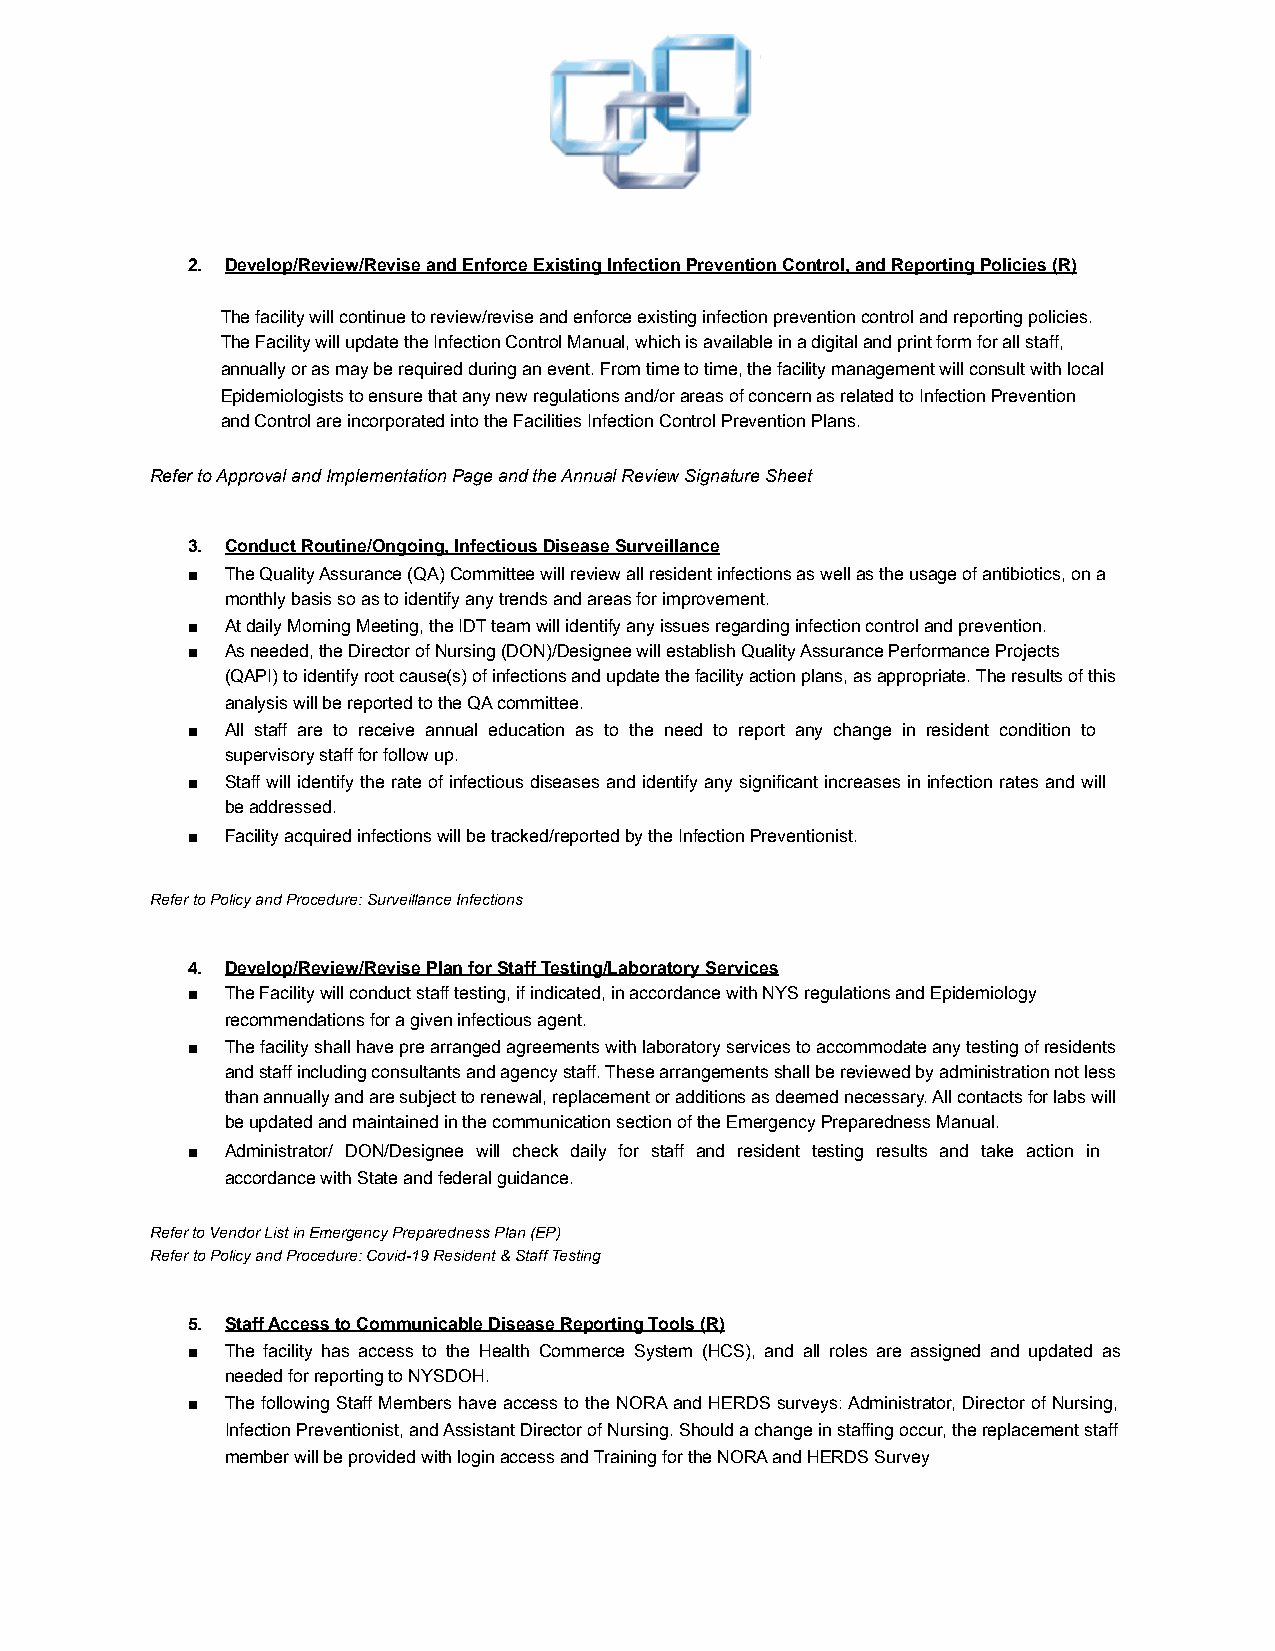
2. Develop/Review/Revise and Enforce Existing Infection Prevention Control, and Reporting Policies (R)
 The facility will continue to review/revise and enforce existing infection prevention control and reporting policies.
 The Facility will update the Infection Control Manual, which is available in a digital and print form for all staff,
 annually or as may be required during an event. From time to time, the facility management will consult with local
 Epidemiologists to ensure that any new regulations and/or areas of concern as related to Infection Prevention
 and Control are incorporated into the Facilities Infection Control Prevention Plans.
 Refer to Approval and Implementation Page and the Annual Review Signature Sheet
 3. Conduct Routine/Ongoing, Infectious Disease Surveillance
 ■  The Quality Assurance (QA) Committee will review all resident infections as well as the usage of antibiotics, on a
 monthly basis so as to identify any trends and areas for improvement.
 ■  At daily Morning Meeting, the IDT team will identify any issues regarding infection control and prevention.
 ■  As needed, the Director of Nursing (DON)/Designee will establish Quality Assurance Performance Projects
 (QAPI) to identify root cause(s) of infections and update the facility action plans, as appropriate. The results of this
 analysis will be reported to the QA committee.
 ■  All staff are to receive annual education as to the need to report any change in resident condition to
 supervisory staff for follow up.
 ■  Staff will identify the rate of infectious diseases and identify any significant increases in infection rates and will
 be addressed.
 ■  Facility acquired infections will be tracked/reported by the Infection Preventionist.
 Refer to Policy and Procedure: Surveillance Infections
 4. Develop/Review/Revise Plan for Staff Testing/Laboratory Services
 ■  The Facility will conduct staff testing, if indicated, in accordance with NYS regulations and Epidemiology
 recommendations for a given infectious agent.
 ■  The facility shall have pre arranged agreements with laboratory services to accommodate any testing of residents
 and staff including consultants and agency staff. These arrangements shall be reviewed by administration not less
 than annually and are subject to renewal, replacement or additions as deemed necessary. All contacts for labs will
 be updated and maintained in the communication section of the Emergency Preparedness Manual.
 ■  Administrator/ DON/Designee will check daily for staff and resident testing results and take action in
 accordance with State and federal guidance.
 Refer to Vendor List in Emergency Preparedness Plan (EP)
 Refer to Policy and Procedure: Covid-19 Resident & Staff Testing
 5. Staff Access to Communicable Disease Reporting Tools (R)
 ■  The facility has access to the Health Commerce System (HCS), and all roles are assigned and updated as
 needed for reporting to NYSDOH.
 ■  The following Staff Members have access to the NORA and HERDS surveys: Administrator, Director of Nursing,
 Infection Preventionist, and Assistant Director of Nursing. Should a change in staffing occur, the replacement staff
 member will be provided with login access and Training for the NORA and HERDS Survey